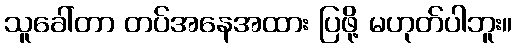
သူခေါ်တာ တပ်အနေအထား ပြဖို့ မဟုတ်ပါဘူး။